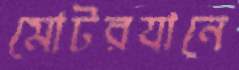
মোটরযানে